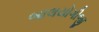
બાલયોગીજી